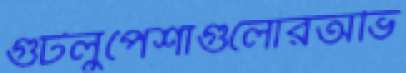
গুটলুপেশাগুলোরঅভি